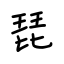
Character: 琵